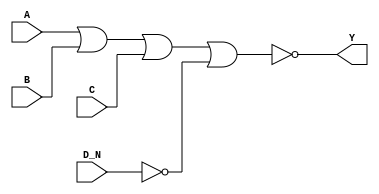
module sky130_fd_sc_ms__nor4b (
    Y  ,
    A  ,
    B  ,
    C  ,
    D_N
);

    // Module ports
    output Y  ;
    input  A  ;
    input  B  ;
    input  C  ;
    input  D_N;

    // Module supplies
    supply1 VPWR;
    supply0 VGND;
    supply1 VPB ;
    supply0 VNB ;

    // Local signals
    wire not0_out  ;
    wire nor0_out_Y;

    //  Name  Output      Other arguments
    not not0 (not0_out  , D_N              );
    nor nor0 (nor0_out_Y, A, B, C, not0_out);
    buf buf0 (Y         , nor0_out_Y       );

endmodule